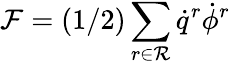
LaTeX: \mathcal{F}=(1/2)\sum_{r\in\mathcal{R}}\dot{q}^{r}\dot{\phi}^{r}